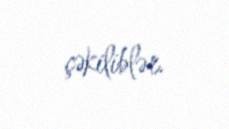
çəkiliblər.